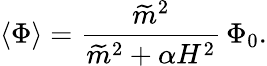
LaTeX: \langle\Phi\rangle=\frac{\widetilde{m}^{2}}{\widetilde{m}^{2}+\alpha H^{2}}\, \Phi_{0}.